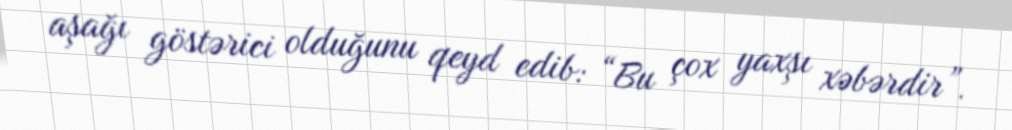
aşağı göstərici olduğunu qeyd edib: “Bu çox yaxşı xəbərdir”.